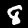
Label: 8